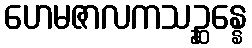
ဟေမဇာလကသဉ္ဆန္နေ